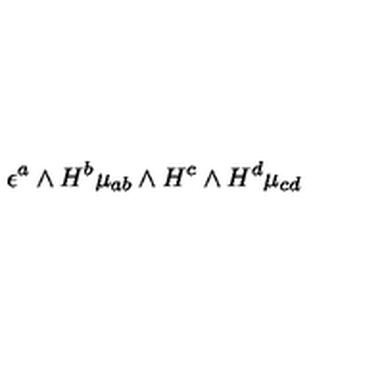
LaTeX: \epsilon ^ { a } \wedge H ^ { b } \mu _ { a b } \wedge H ^ { c } \wedge H ^ { d } \mu _ { c d }